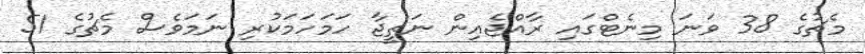
މެޗުގެ 38 ވަނަ މިނެޓްގައި ރާއްޖެއިން ނަތީޖާ ހަމަހަމަކުރި ނަމަވެސް މެޗުގެ 51